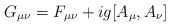
\begin{align*}G_{\mu \nu}=F_{\mu \nu} + i g [A_{\mu}, A_{\nu}]\end{align*}